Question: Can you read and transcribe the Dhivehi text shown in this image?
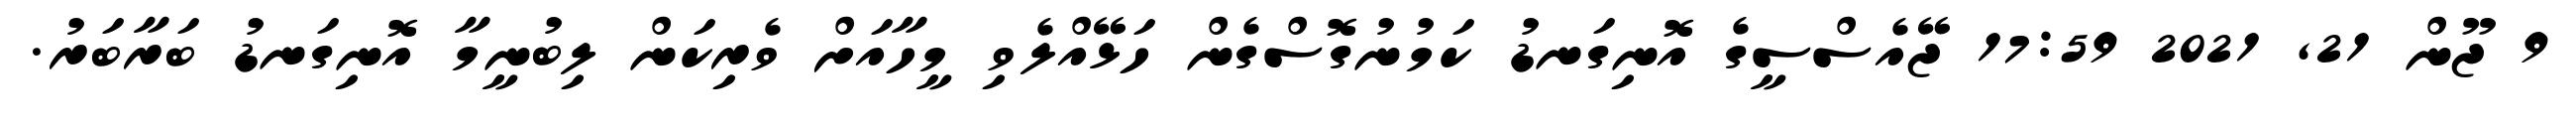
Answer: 9 ޖޫން 21, 2021 17:59 ޖޭއެސްސީގެ އޮނިގަނޑު ކަމުނުގޮސްގެން ހަޅޭއްލެވި މީހާއަށް ވެރިކަން ލިބުނީމާ އޮނިގަނޑު ބަރާބަރު.